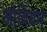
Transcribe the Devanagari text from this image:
ओवियम